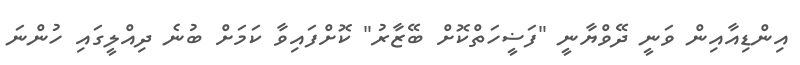
އިންޑިއާއިން ވަނީ ދޭވްޔާނީ "ފަޟީހަތްކޮށް ބޭޒާރު" ކޮށްފައިވާ ކަމަށް ބުނެ ދިއްލީގައި ހުންނަ